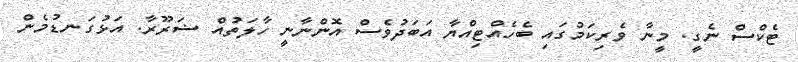
ޓެކްސް ނެގީ. މީނާ ވެރިކަމުގައި ބެހެއްޓިއްޔާ އަބަދުވެސް އޮންނާނީ ހާލަތުއް ޟަރޫރާ. އަޅުގަނޑުމެން